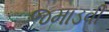
જમાડવી